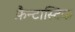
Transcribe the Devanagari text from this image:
फ़ैन्टास्टिक